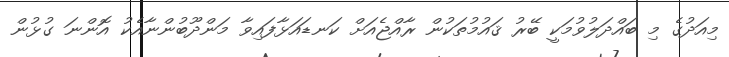
މިއަދުގެ މި ބައްދަލުވުމަކީ ބޭރު ޤައުމުތަކުން ރާއްޖެއަށް ކަނޑައަޅާފައިވާ މަންދޫބުންނާއެކު އޮންނަ ގުޅުން